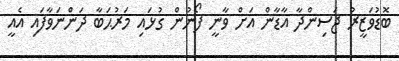
ބޮޑުވަޒީރު ޖަސިންދާ އާޑާން އަށް ވާނީ ފޯނުން ގުޅައި މަރުޙަބާ ދަންނަވާފައި އެއީ